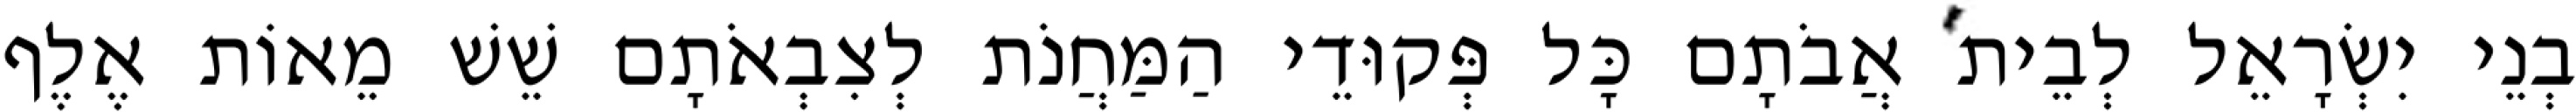
בְנֵי יִשְׂרָאֵל לְבֵית אֲבֹתָם כָּל פְּקוּדֵי הַמַּחֲנֹת לְצִבְאֹתָם שֵׁשׁ מֵאוֹת אֶלֶף